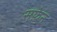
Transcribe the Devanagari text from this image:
सफ़ेन